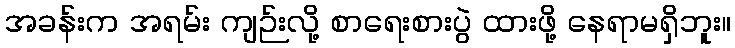
အခန်းက အရမ်း ကျဉ်းလို့ စာရေးစားပွဲ ထားဖို့ နေရာမရှိဘူး။